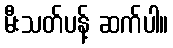
မီးသတ်ပန့် ဆက်ပါ။